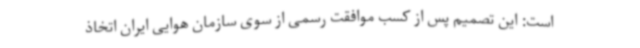
است: این تصمیم پس از کسب موافقت رسمی از سوی سازمان هوایی ایران اتخاذ